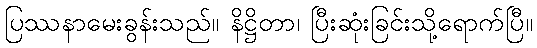
ပြဿနာမေးခွန်းသည်။ နိဋ္ဌိတာ၊ ပြီးဆုံးခြင်းသို့ရောက်ပြီ။